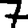
Digit: 7